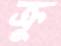
ক্রু